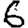
Digit: 6